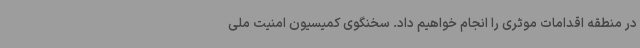
در منطقه اقدامات موثری را انجام خواهیم داد. سخنگوی کمیسیون امنیت ملی